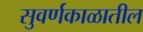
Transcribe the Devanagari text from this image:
सुवर्णकाळातील